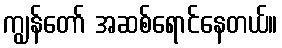
ကျွန်တော် အဆစ်ရောင်နေတယ်။